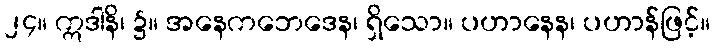
၂၄။ ဣဒါနိ၊ ၌။ အနေကဘေဒေန၊ ရှိသော။ ပဟာနေန၊ ပဟာန်ဖြင့်။